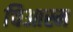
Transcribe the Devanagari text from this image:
चिआस्म